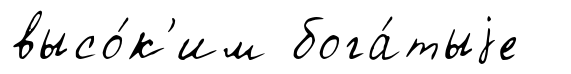
высо́к'им бога́тыjе